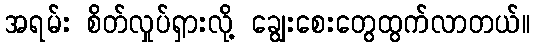
အရမ်း စိတ်လှုပ်ရှားလို့ ချွေးစေးတွေထွက်လာတယ်။